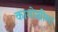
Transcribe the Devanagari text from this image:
कागोशीमा